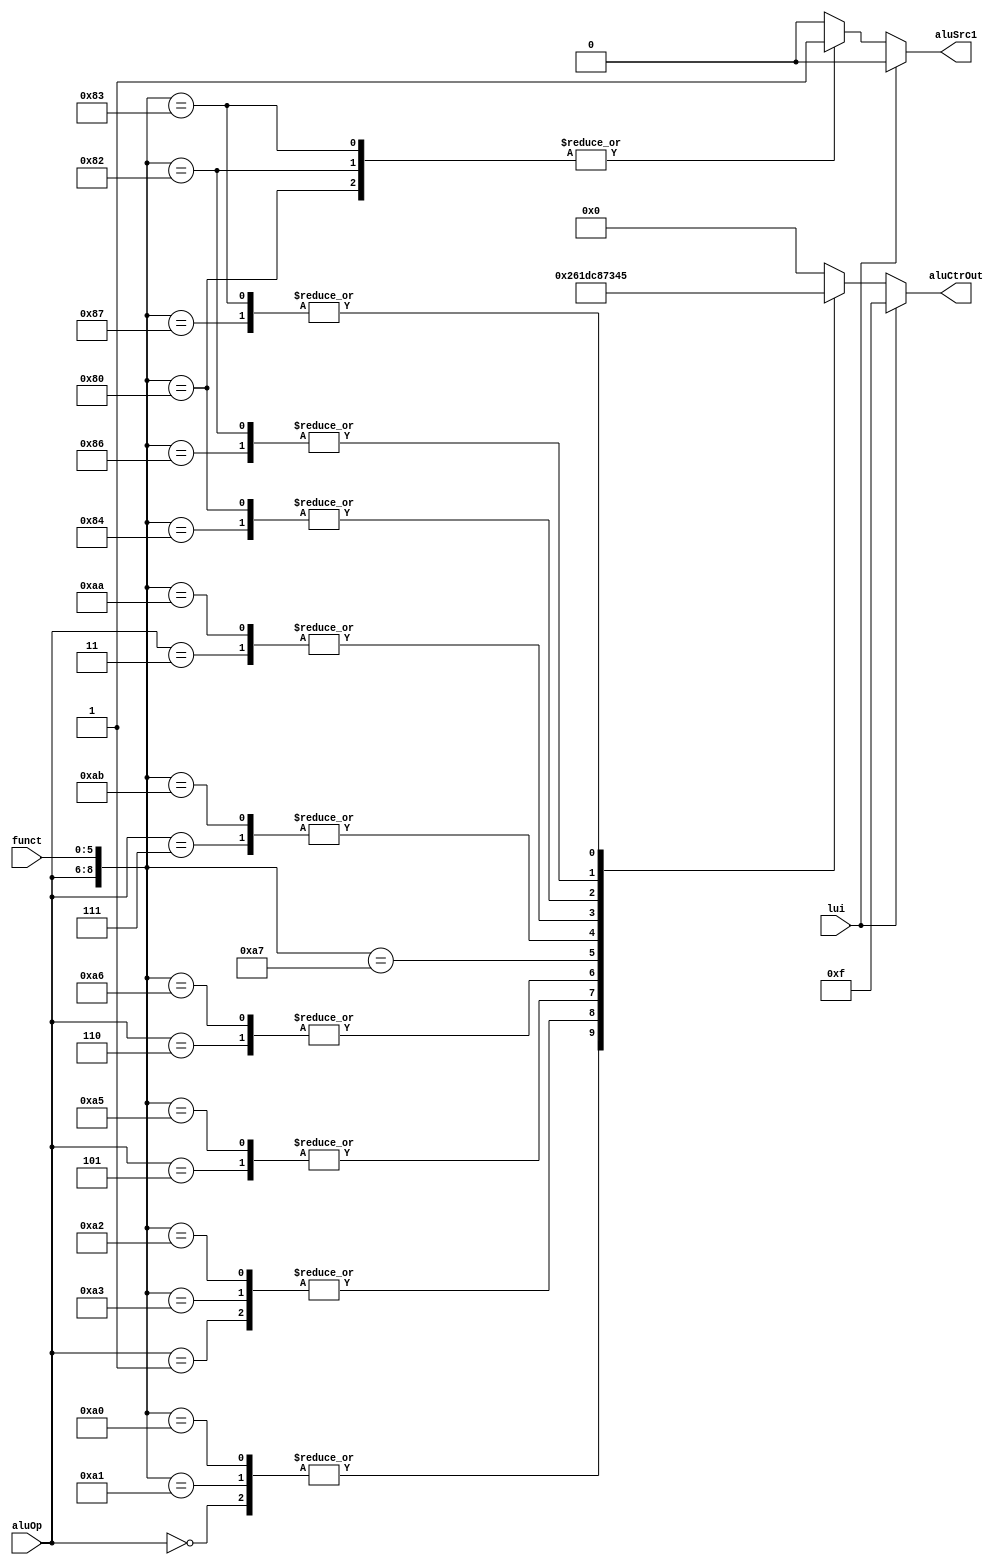
`timescale 1ns / 1ps
//////////////////////////////////////////////////////////////////////////////////
// Company: 
// Engineer: 
// 
// Design Name: 
// Module Name: ALUCtr
// Project Name: 
// Target Devices: 
// Tool Versions: 
// Description: 
// 
// Dependencies: 
// 
// Revision:
// Revision 0.01 - File Created
// Additional Comments:
// 
//////////////////////////////////////////////////////////////////////////////////


module ALUCtr(
    input [5:0] funct,
    input [2:0] aluOp,
    input lui,
    output reg aluSrc1,
    output reg [3:0] aluCtrOut
    );
    // aluOp: 000 = add, 001 = sub, 010 = funct
    //        100 = and, 101 = or, 110 = ?
    always @(aluOp or funct or lui) begin
        casex ({aluOp, funct})
        9'b000xxxxxx: begin aluCtrOut = 4'b0010; aluSrc1 = 0; end // addi
        9'b001xxxxxx: begin aluCtrOut = 4'b0110; aluSrc1 = 0; end // subi
        9'b100xxxxxx: begin aluCtrOut = 4'b0000; aluSrc1 = 0; end // andi
        9'b101xxxxxx: begin aluCtrOut = 4'b0001; aluSrc1 = 0; end // ori
        9'b110xxxxxx: begin aluCtrOut = 4'b1101; aluSrc1 = 0; end // xori
        9'b011xxxxxx: begin aluCtrOut = 4'b0111; aluSrc1 = 0; end // slti
        9'b111xxxxxx: begin aluCtrOut = 4'b1000; aluSrc1 = 0; end // sltiu

        9'b010100001: begin aluCtrOut = 4'b0010; aluSrc1 = 0; end // addu
        9'b010100000: begin aluCtrOut = 4'b0010; aluSrc1 = 0; end // add
        9'b010100011: begin aluCtrOut = 4'b0110; aluSrc1 = 0; end // subu
        9'b010100010: begin aluCtrOut = 4'b0110; aluSrc1 = 0; end // sub
        9'b010100100: begin aluCtrOut = 4'b0000; aluSrc1 = 0; end // and
        9'b010100101: begin aluCtrOut = 4'b0001; aluSrc1 = 0; end // or
        9'b010100110: begin aluCtrOut = 4'b1101; aluSrc1 = 0; end // xor
        9'b010100111: begin aluCtrOut = 4'b1100; aluSrc1 = 0; end // nor
        9'b010101011: begin aluCtrOut = 4'b1000; aluSrc1 = 0; end // sltu
        9'b010101010: begin aluCtrOut = 4'b0111; aluSrc1 = 0; end // slt
        9'b010000100: begin aluCtrOut = 4'b0011; aluSrc1 = 0; end // sllv
        9'b010000000: begin aluCtrOut = 4'b0011; aluSrc1 = 1; end // sll
        9'b010000110: begin aluCtrOut = 4'b0100; aluSrc1 = 0; end // srlv
        9'b010000010: begin aluCtrOut = 4'b0100; aluSrc1 = 1; end // srl
        9'b010000111: begin aluCtrOut = 4'b0101; aluSrc1 = 0; end // srav
        9'b010000011: begin aluCtrOut = 4'b0101; aluSrc1 = 1; end // sra
        default: begin aluCtrOut = 4'b0; aluSrc1 = 0; end
        endcase
        if (lui) begin
            aluCtrOut = 4'b1111;
            aluSrc1 = 0; // x
        end
    end

endmodule